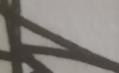
Signature authenticity: forged